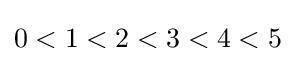
0<1<2<3<4<5